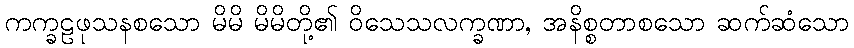
ကက္ခဠဖုသနစသော မိမိ မိမိတို့၏ ဝိသေသလက္ခဏာ, အနိစ္စတာစသော ဆက်ဆံသော